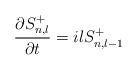
LaTeX: \begin{align*}\frac{\partial S^+_{n,l}}{\partial t}=ilS^+_{n,l-1}\end{align*}